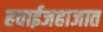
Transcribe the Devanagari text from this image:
हवाईजहाजात